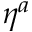
\eta ^ { a }